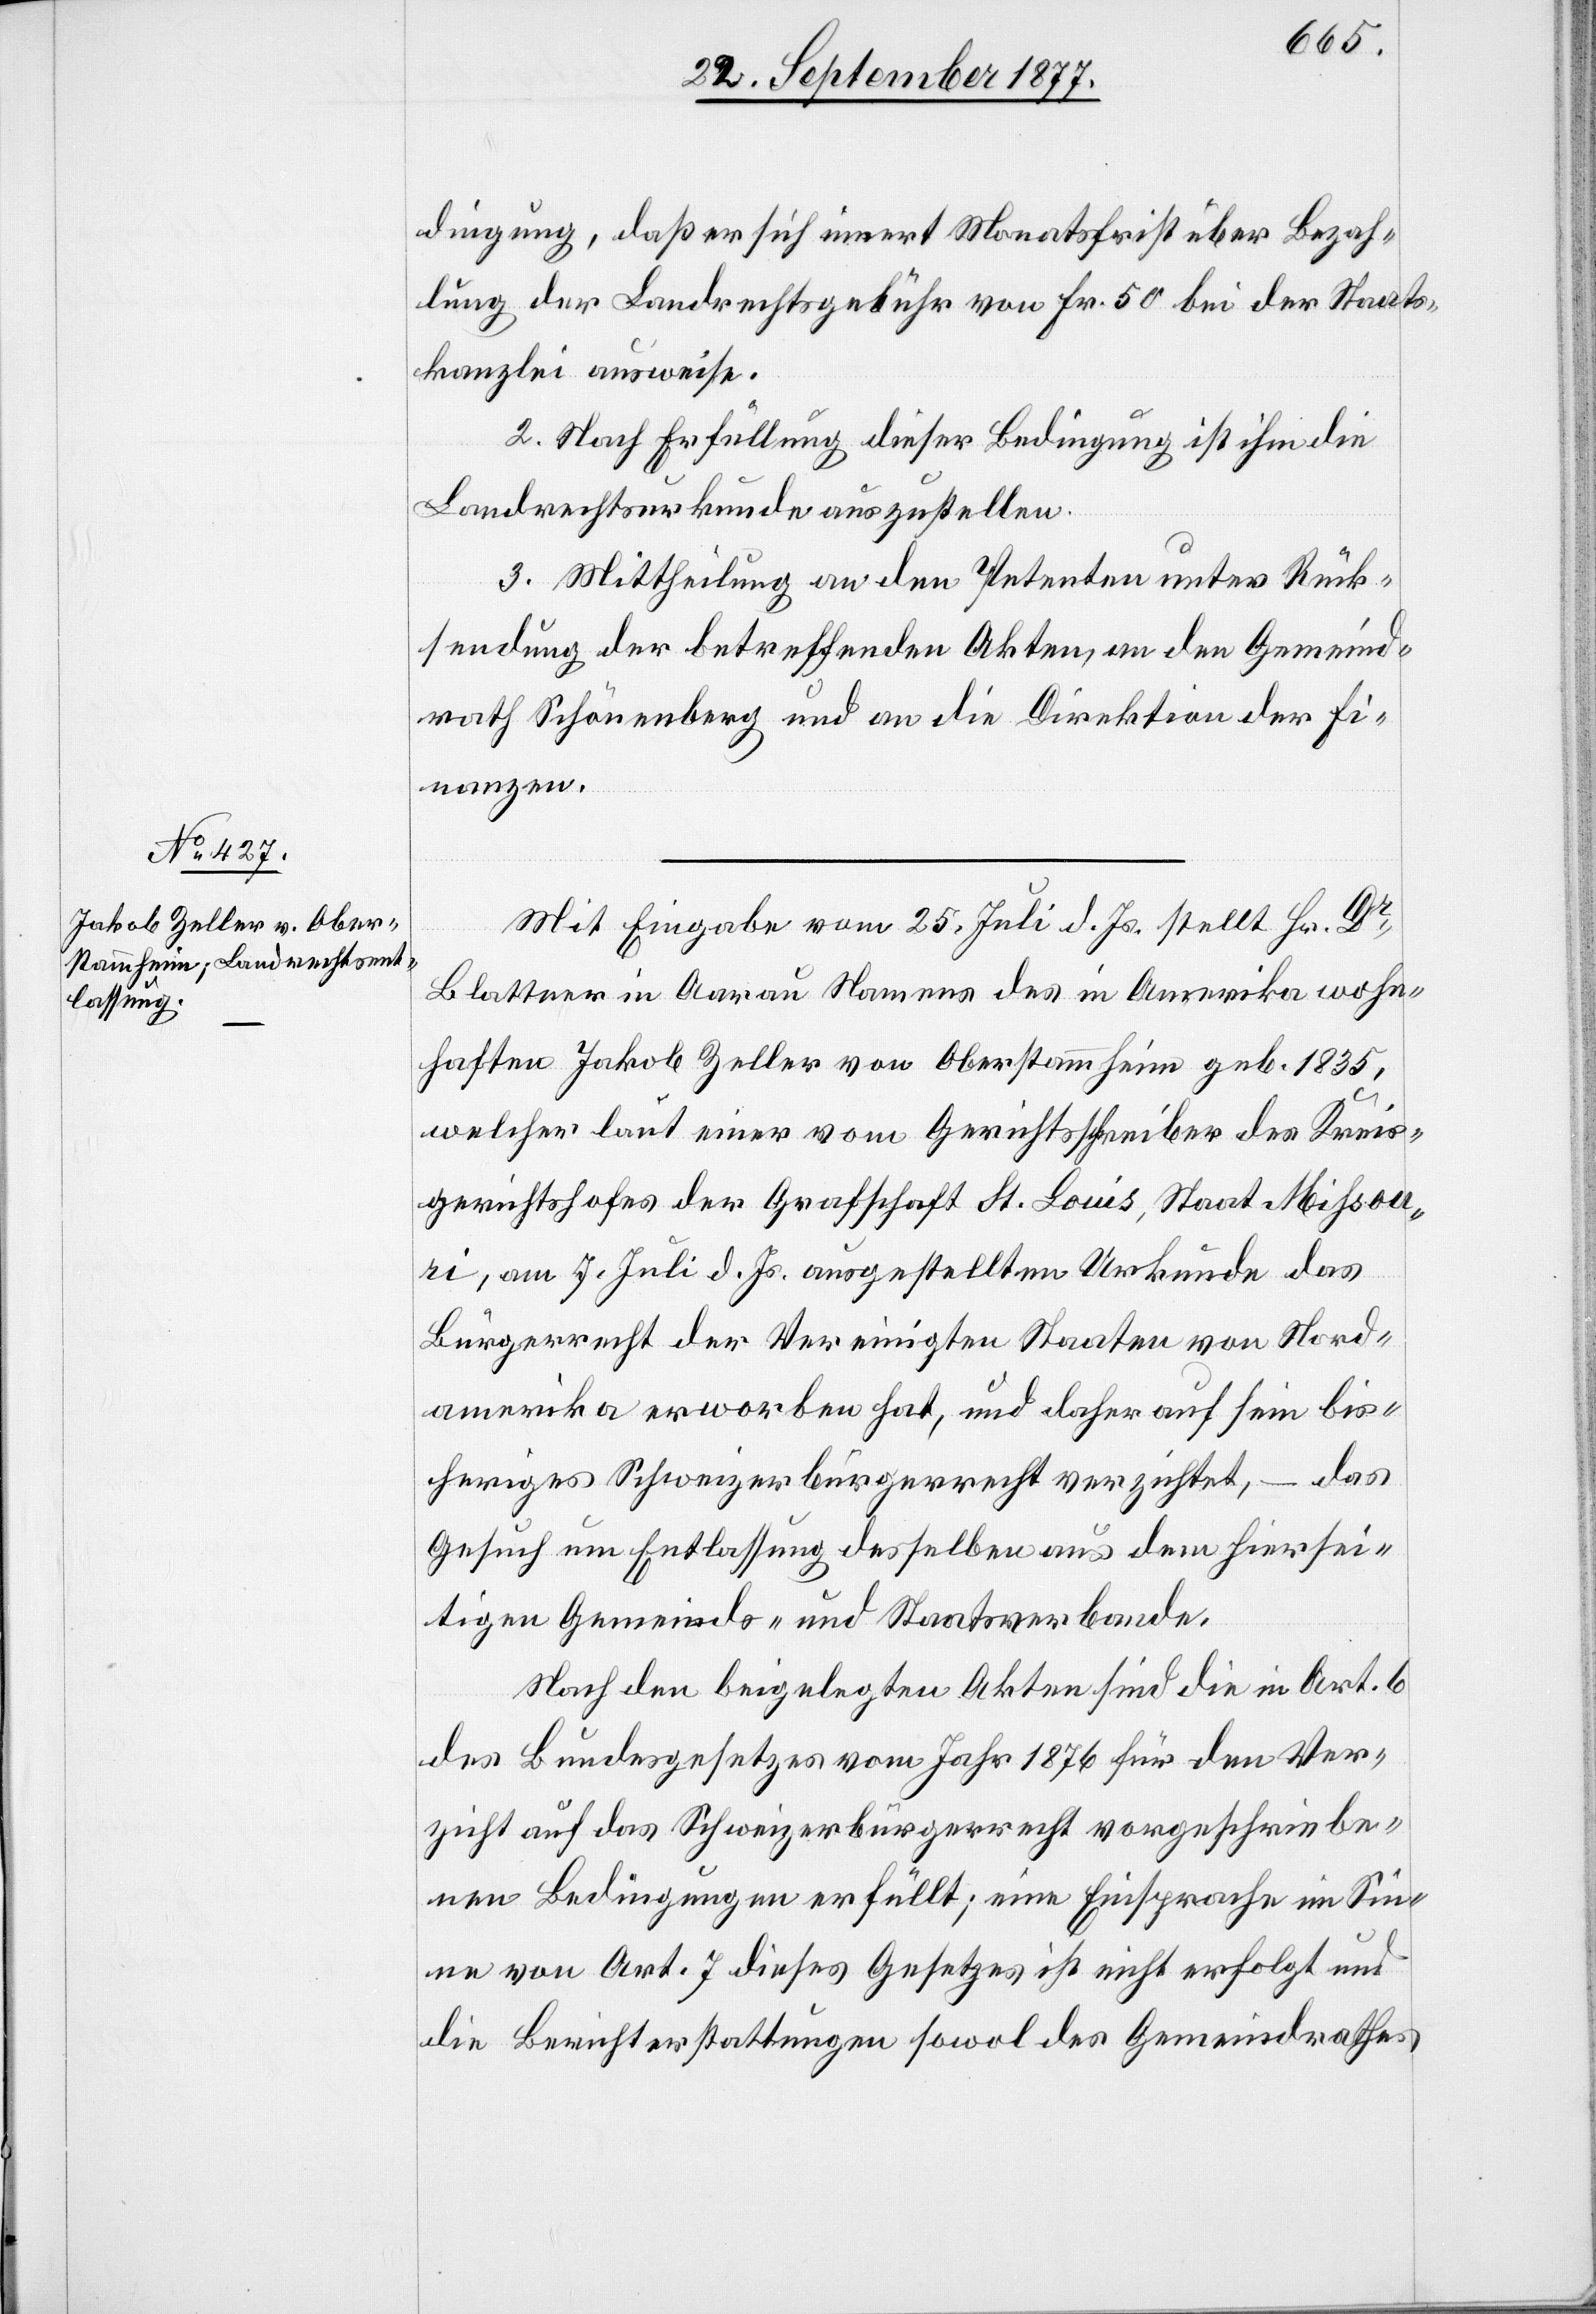
dingung, daß er sich innert Monatsfrist über Bezah¬
lung der Landrechtsgebühr von Fr. 50 bei der Staats¬
kanzlei ausweise.
2. Nach Erfüllung dieser Bedingung ist ihm die
Landrechtsurkunde auszustellen.
3. Mittheilung an den Petenten unter Rück¬
sendung der betreffenden Akten, an den Gemeind¬
rath Schönenberg und an die Direktion der Fi¬
nanzen.
Mit Eingabe vom 25. Juli d. Js. stellt Hr. Dr
Blattner in Aarau Namens des in Amerika wohn¬
haften Jakob Zeller von Oberstammheim geb. 1835,
welcher laut einer vom Gerichtsschreiber des Kreis¬
gerichtshofes der Grafschaft St. Louis, Staat Missou¬
ri, am 7. Juli d. Js. ausgestellten Urkunde das
Bürgerrecht der Vereinigten Staaten von Nord¬
amerika erworben hat, und daher auf sein bis¬
heriges Schweizerbürgerrecht verzichtet, – das
Gesuch um Entlassung desselben aus dem hiersei¬
tigen Gemeinds- und Staatsverbande.
Nach den beigelegten Akten sind die in Art. 6
des Bundesgesetzes vom Jahr 1876 für den Ver¬
zicht auf das Schweizerbürgerrecht vorgeschriebe¬
nen Bedingungen erfüllt; eine Einsprache im Sin¬
ne von Art. 7 dieses Gesetzes ist nicht erfolgt und
die Berichterstattungen sowol des Gemeindrathes